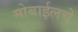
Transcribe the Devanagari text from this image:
मोबाईलचे